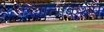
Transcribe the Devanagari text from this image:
कलात्मकरूप